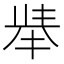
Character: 𱑏